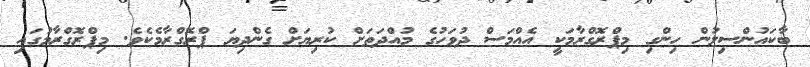
ބާކައުންސިލުން ހިންގި މިޕްރޮގްރާމަކީ އެއްމަސް ދުވަހުގެ މުއްދަތަށް ކުރިޔަށް ގެންދިޔަ ޕްރޮގްރާމެކެވެ. މިޕްރޮގްރާމުގައި